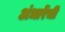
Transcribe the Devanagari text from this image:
अंधारेंची